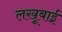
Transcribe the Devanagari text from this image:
लखूबाई